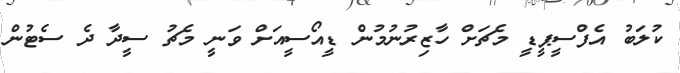
ކުލަބު އެފްސީޕީޑީ މެޗަށް ހާޒިރުނުމުން ޑީއޯސީއަށް ވަނީ މެޗު ސީދާ ދެ ސެޓުން